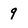
Character: 9